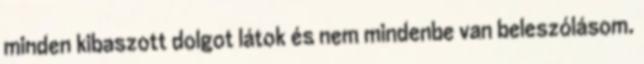
minden kibaszott dolgot látok és nem mindenbe van beleszólásom.